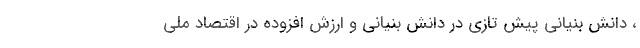
، دانش ­بنیانی پیش تازی در دانش بنیانی و ارزش افزوده در اقتصاد ملی